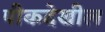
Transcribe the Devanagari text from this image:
पीकदेखील